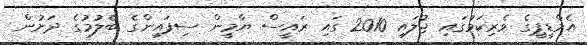
އެމްޑީޕީގެ ވެރިކަމުގައި ޖުލައި 2010 ގައި ރައީސް ޔާމީން ސިފައިންގެ ބެލުމުގެ ދަށުން